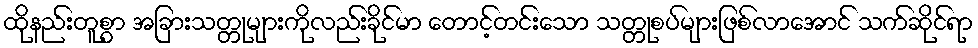
ထိုနည်းတူစွာ အခြားသတ္တုများကိုလည်းခိုင်မာ တောင့်တင်းသော သတ္တုစပ်များဖြစ်လာအောင် သက်ဆိုင်ရာ